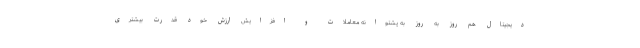
دیجیتال هم روز به روز به پشتوانه معاملات و افزایش ارزش خود قدرت بیشتری